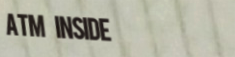
ATM Inside